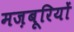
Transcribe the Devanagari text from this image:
मज़बूरियों